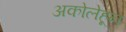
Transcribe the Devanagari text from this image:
अकोलेहून